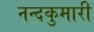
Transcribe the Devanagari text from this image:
नन्दकुमारी